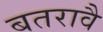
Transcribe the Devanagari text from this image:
बतरावै